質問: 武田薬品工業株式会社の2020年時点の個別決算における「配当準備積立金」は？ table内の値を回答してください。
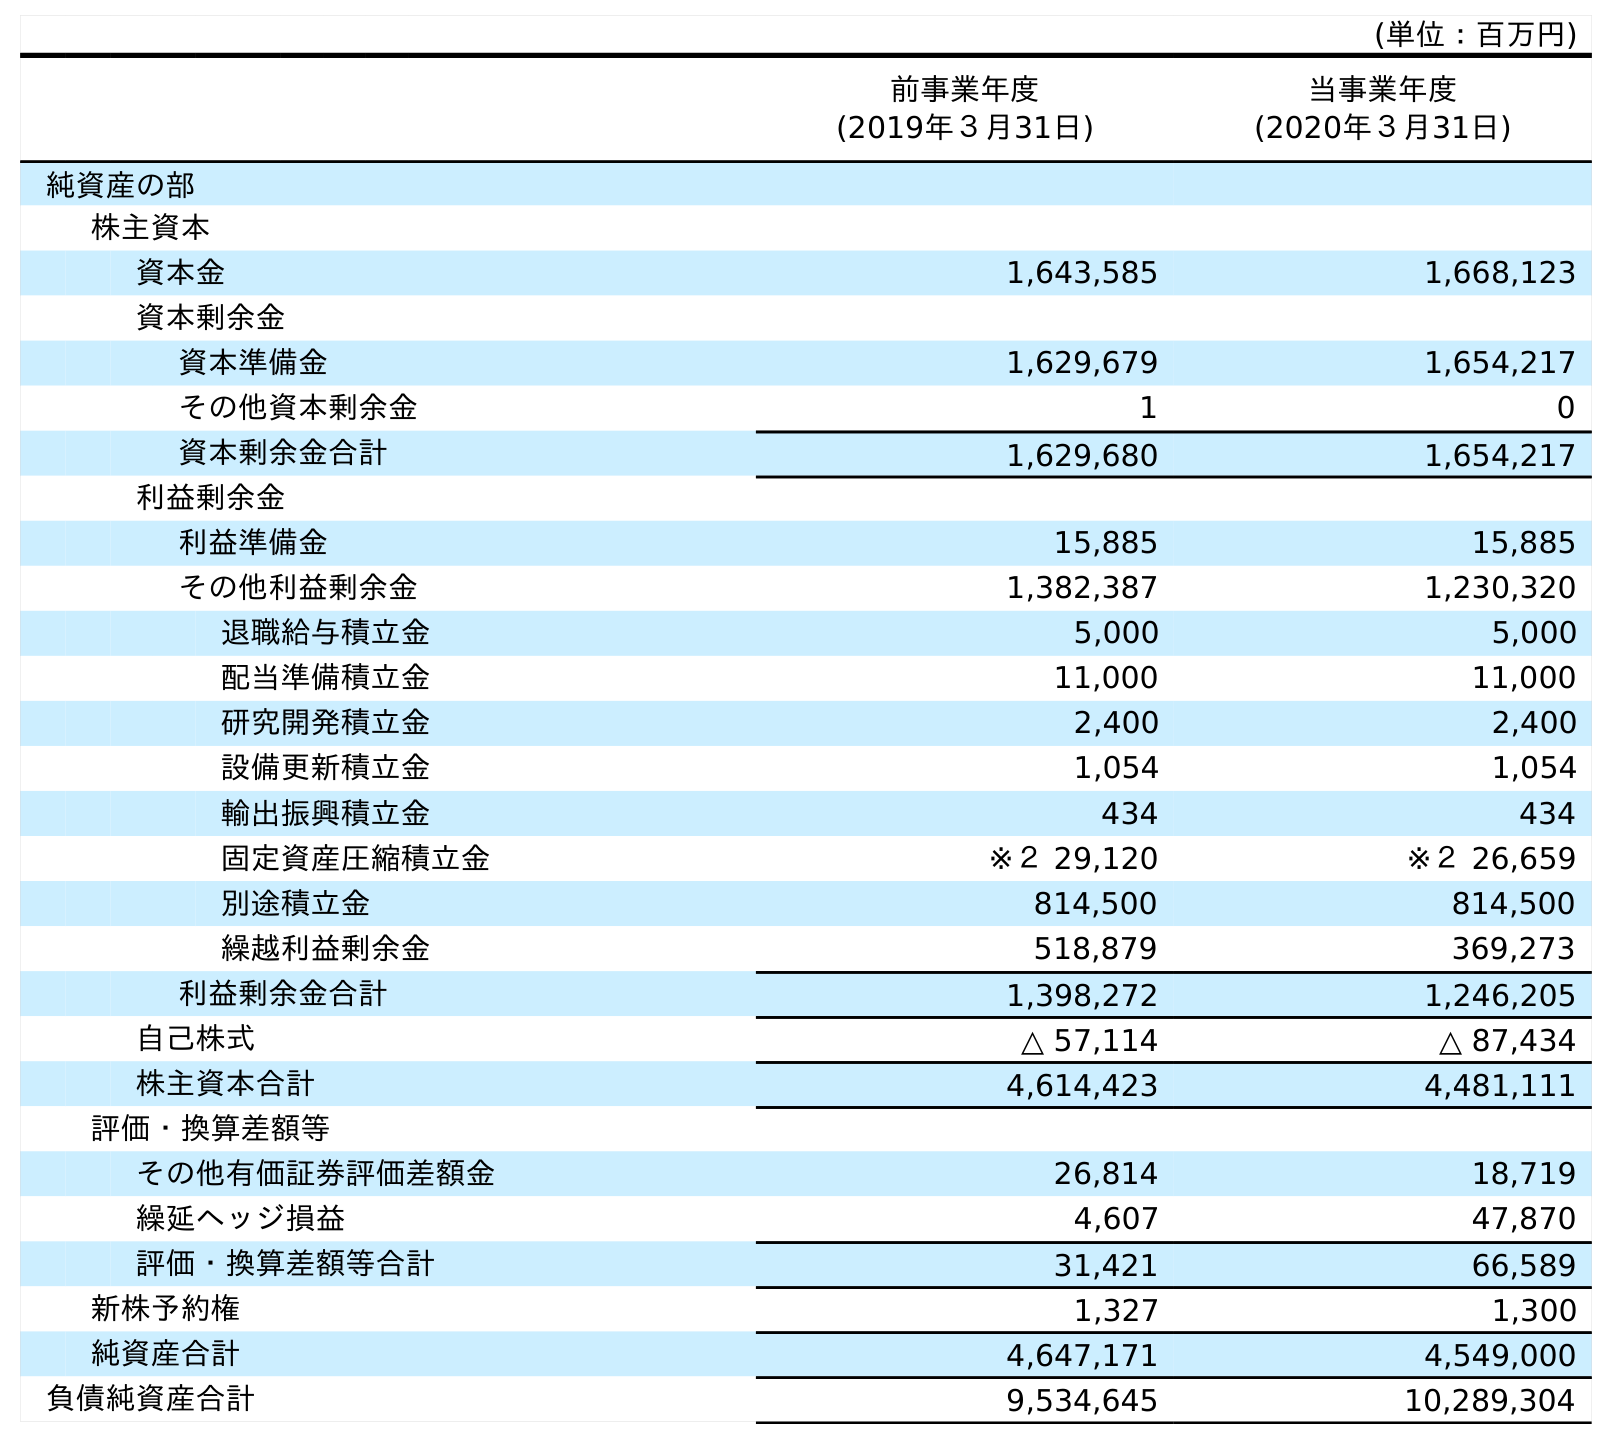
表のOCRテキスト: (単位：百万円) 前事業年度 (2019年３月31日) 当事業年度 (2020年３月31日) 純資産の部 株主資本 資本金 1,643,585 1,668,123 資本剰余金 資本準備金 1,629,679 1,654,217 その他資本剰余金 1 0 資本剰余金合計 1,629,680 1,654,217 利益剰余金 利益準備金 15,885 15,885 その他利益剰余金 1,382,387 1,230,320 退職給与積立金 5,000 5,000 配当準備積立金 11,000 11,000 研究開発積立金 2,400 2,400 設備更新積立金 1,054 1,054 輸出振興積立金 434 434 固定資産圧縮積立金 ※２ 29,120 ※２ 26,659 別途積立金 814,500 814,500 繰越利益剰余金 518,879 369,273 利益剰余金合計 1,398,272 1,246,205 自己株式 △ 57,114 △ 87,434 株主資本合計 4,614,423 4,481,111 評価・換算差額等 その他有価証券評価差額金 26,814 18,719 繰延ヘッジ損益 4,607 47,870 評価・換算差額等合計 31,421 66,589 新株予約権 1,327 1,300 純資産合計 4,647,171 4,549,000 負債純資産合計 9,534,645 10,289,304
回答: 11,000